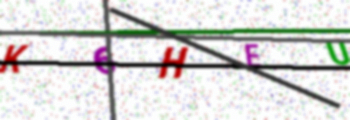
Text: K6HEU